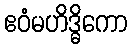
ဧဝံမဟိဒ္ဓိကော